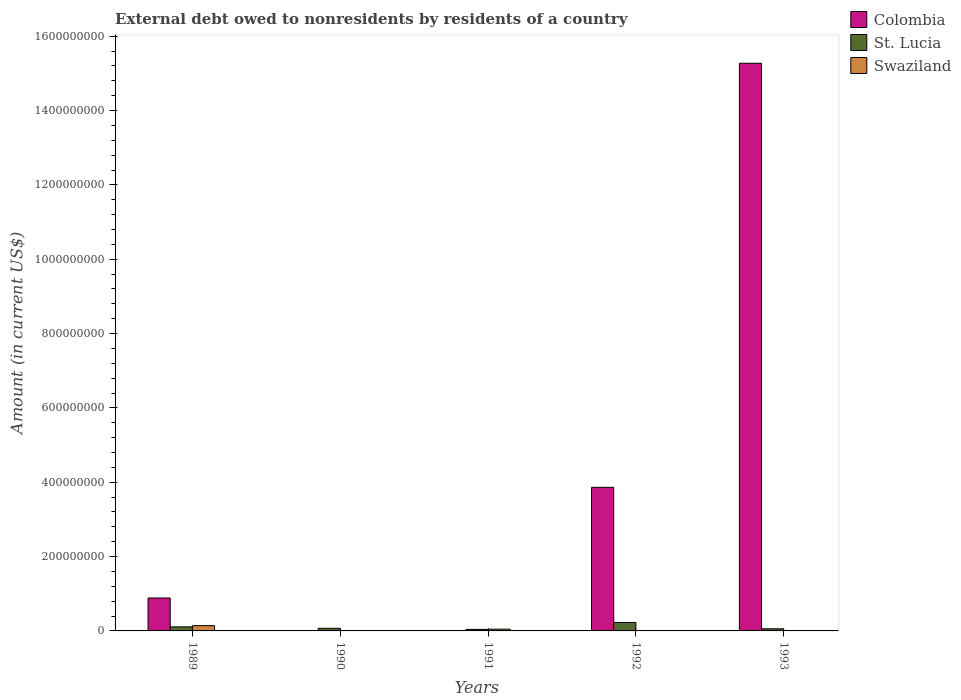
| Years | Colombia | St. Lucia | Swaziland |
 | --- | --- | --- | --- |
 | 1989 | 8.86e+07 | 1.09e+07 | 1.42e+07 |
 | 1990 | -4.06e+08 | 6.98e+06 | -3.76e+07 |
 | 1991 | -1.1e+08 | 4.08e+06 | 4.76e+06 |
 | 1992 | 3.86e+08 | 2.28e+07 | -7.19e+06 |
 | 1993 | 1.53e+09 | 5.71e+06 | -1.75e+06 |